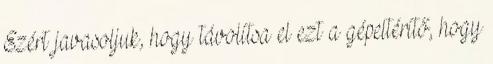
Ezért javasoljuk, hogy távolítsa el ezt a gépeltérítő, hogy